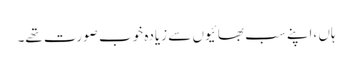
ہاں ،اپنے سب بھائیوں سے زیادہ خوب صورت تھے۔